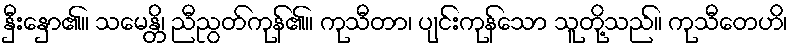
နှီးနှော၏။ သမေန္တိ၊ ညီညွတ်ကုန်၏။ ကုသီတာ၊ ပျင်းကုန်သော သူတို့သည်။ ကုသီတေဟိ၊